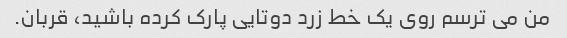
من می ترسم روی یک خط زرد دوتایی پارک کرده باشید، قربان.